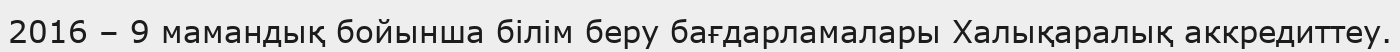
2016 – 9 мамандық бойынша білім беру бағдарламалары Халықаралық аккредиттеу.